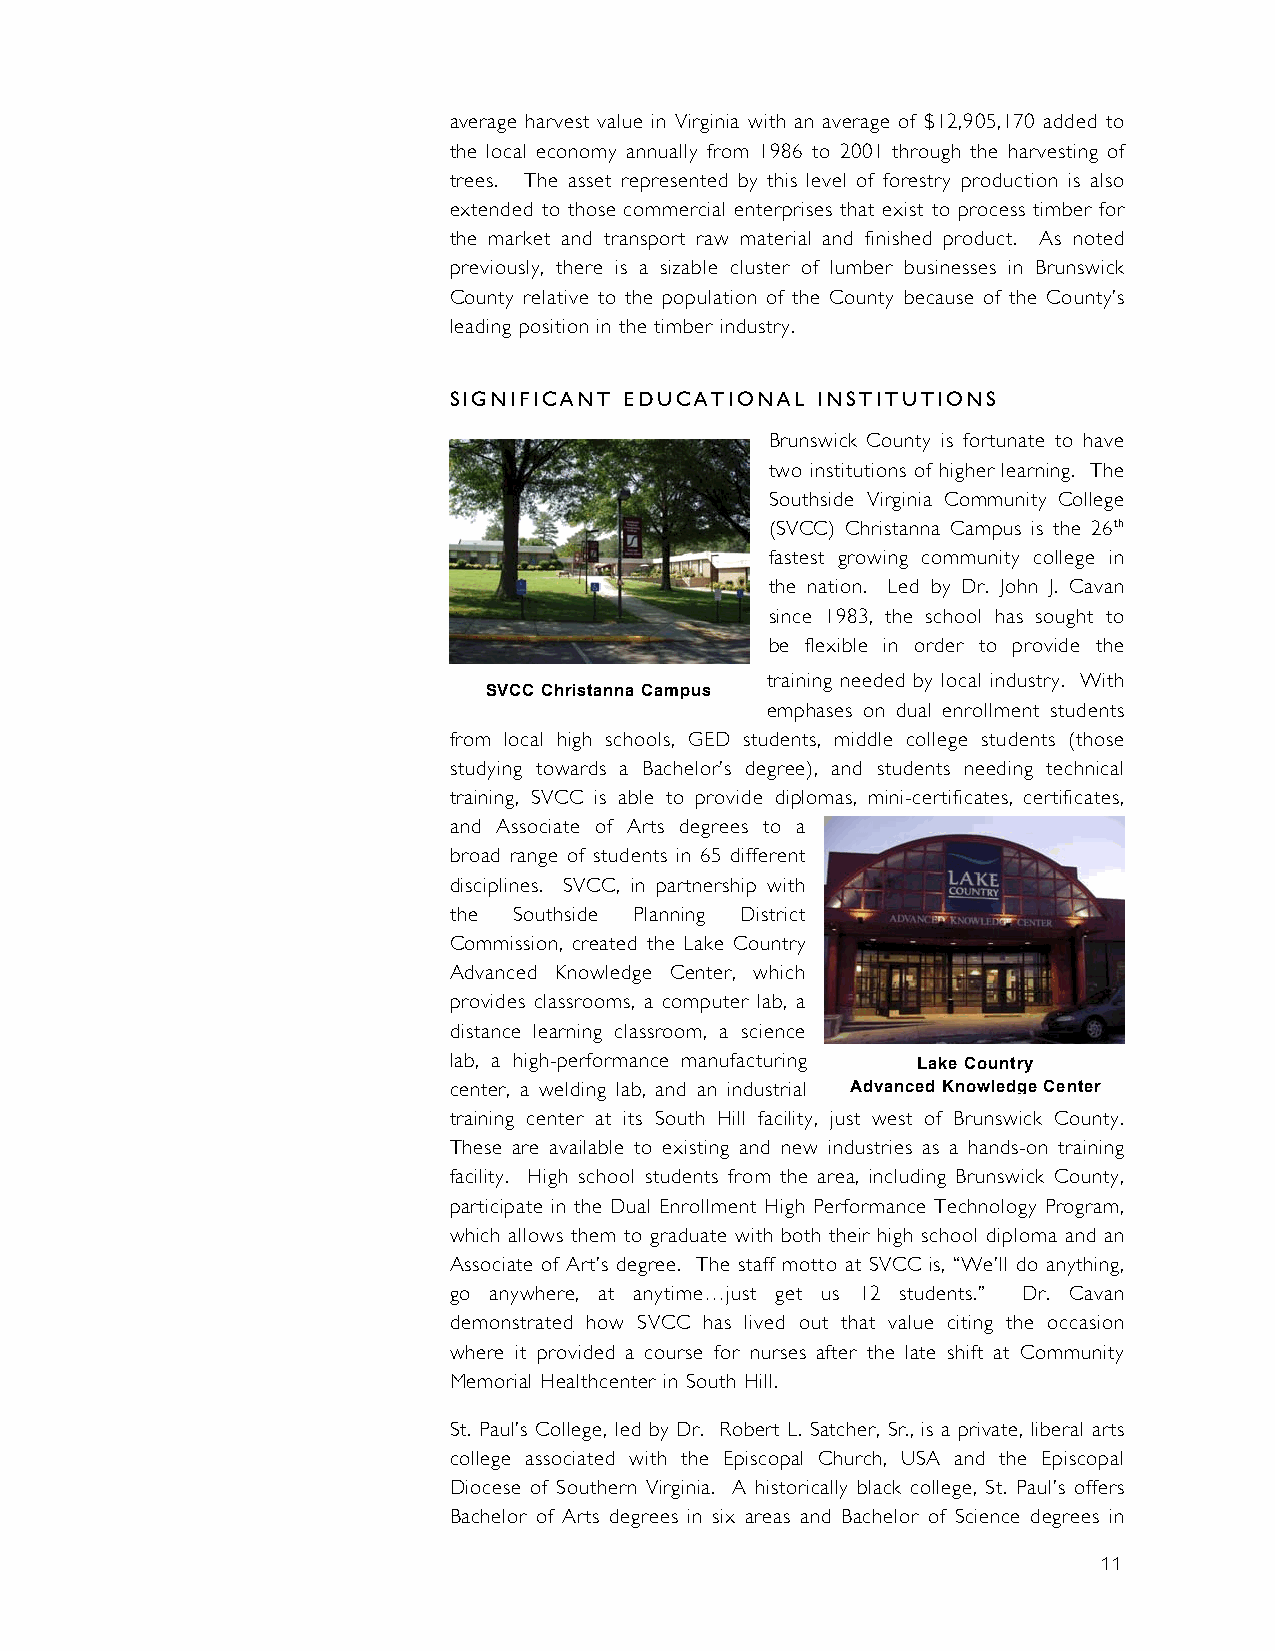
average harvest value in Virginia with an average of $12,905,170 added to
 the local economy annually from 1986 to 2001 through the harvesting of
 trees. The asset represented by this level of forestry production is also
 extended to those commercial enterprises that exist to process timber for
 the market and transport raw material and finished product. As noted
 previously, there is a sizable cluster of lumber businesses in Brunswick
 County relative to the population of the County because of the County’s
 leading position in the timber industry.
 SIGNIFICANT EDUCATIONAL INSTITUTIONS
 Brunswick County is fortunate to have
 two institutions of higher learning. The
 Southside Virginia Community College
 (SVCC) Christanna Campus is the 26th
 fastest growing community college in
 the nation. Led by Dr. John J. Cavan
 since 1983, the school has sought to
 be flexible in order to provide the
 training needed by local industry. With
 SVCC Christanna Campus
 emphases on dual enrollment students
 from local high schools, GED students, middle college students (those
 studying towards a Bachelor’s degree), and students needing technical
 training, SVCC is able to provide diplomas, mini-certificates, certificates,
 and Associate of Arts degrees to a
 broad range of students in 65 different
 disciplines. SVCC, in partnership with
 the Southside Planning District
 Commission, created the Lake Country
 Advanced Knowledge Center, which
 provides classrooms, a computer lab, a
 distance learning classroom, a science
 lab, a high-performance manufacturing Lake Country
 center, a welding lab, and an industrial Advanced Knowledge Center
 training center at its South Hill facility, just west of Brunswick County.
 These are available to existing and new industries as a hands-on training
 facility. High school students from the area, including Brunswick County,
 participate in the Dual Enrollment High Performance Technology Program,
 which allows them to graduate with both their high school diploma and an
 Associate of Art’s degree. The staff motto at SVCC is, “We’ll do anything,
 go anywhere, at anytime…just get us 12 students.” Dr. Cavan
 demonstrated how SVCC has lived out that value citing the occasion
 where it provided a course for nurses after the late shift at Community
 Memorial Healthcenter in South Hill.
 St. Paul’s College, led by Dr. Robert L. Satcher, Sr., is a private, liberal arts
 college associated with the Episcopal Church, USA and the Episcopal
 Diocese of Southern Virginia. A historically black college, St. Paul’s offers
 Bachelor of Arts degrees in six areas and Bachelor of Science degrees in
 11